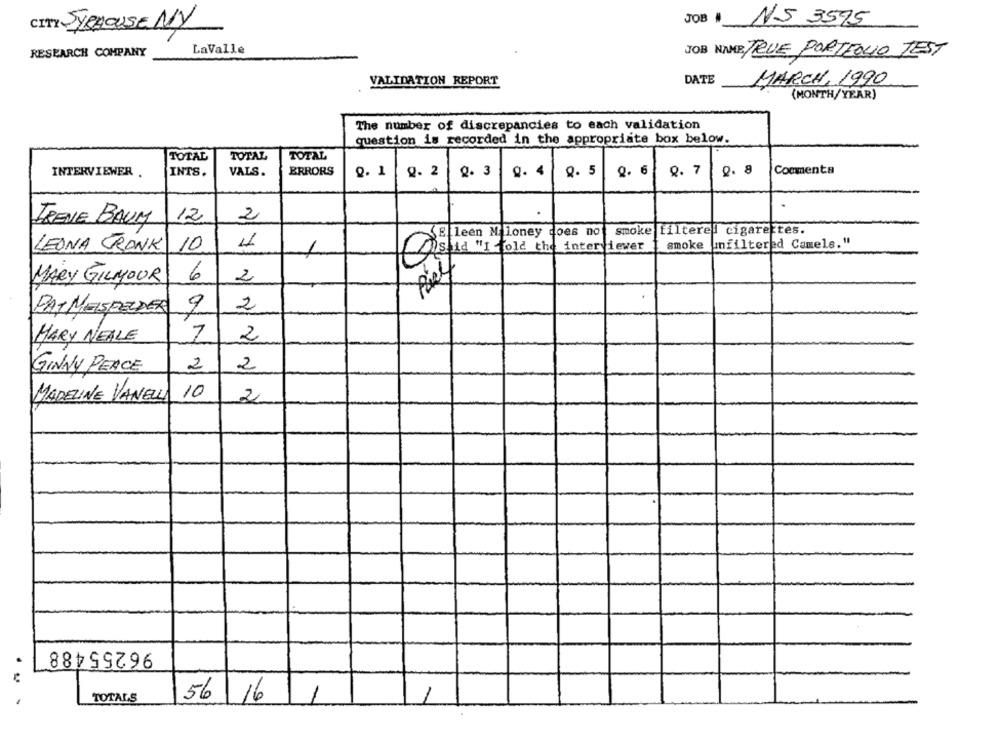
NS 3595
CITY SYRHOUSE NY
JOB
RESEARCH COMPANY
LaValle
JOB NAME: TRUE PORTFOLIO TEST
VALIDATION REPORT
DATE
MARCH, 1990
(MONTH/YEAR)
The number of discrepancies to each validation
question is recorded in the appropriate box below.
TOTAL
TOTAL
TOTAL
0.1
0 . 3
9. 5
Q. 6
Q. 7
0. 8
Comments
INTERVIEWER .
INTS.
VALS.
ERRORS
Q- 2
9. 4
2
TRENE BAUM
12
smoke filtered cigarettes.
E leen Maloney does not
smoke
unfiltered Camels."
LEONA TRANK
10
Ostia "I told the interviewer
6
MARY GILMOUR
2
PAT MEISFELDER
9
2
MARY NEALE
7
2
GINNY PEACE
2
2
10
MADELINE VANELL
2
96255488
TOTALS
56/16
1